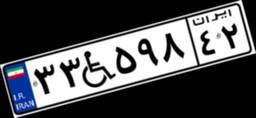
۳۳W۵۹۸۴۲